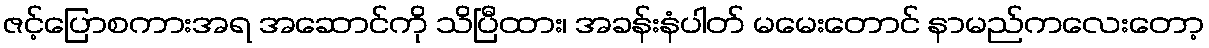
ဇင့်ပြောစကားအရ အဆောင်ကို သိပြီထား၊ အခန်းနံပါတ် မမေးတောင် နာမည်ကလေးတော့